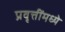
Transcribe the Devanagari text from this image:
प्रवृत्तींमध्ये